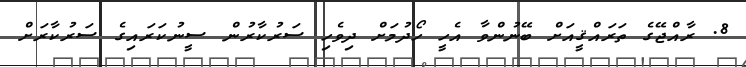
8. ރާއްޖޭގެ ތަރައްޤީއަށް ބޭނުންވާ އެހީ ހޯދުމަށް ދިވެހި ސަރުކާރުން ސީނުކަރައިގެ ސަރުކާރަށް